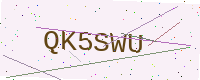
Text: QK5SWU